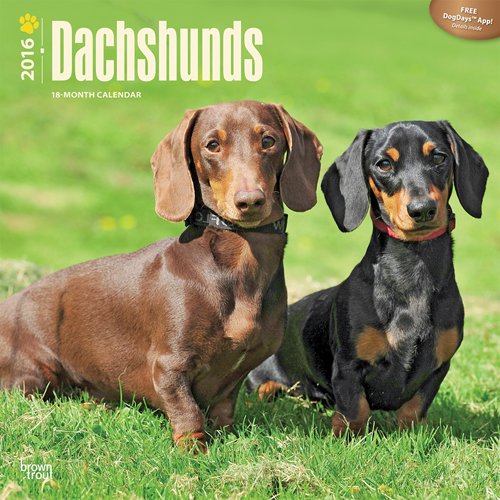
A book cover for Dachshunds 2016 Square 12x12; Browntrout Publishers; Calendars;